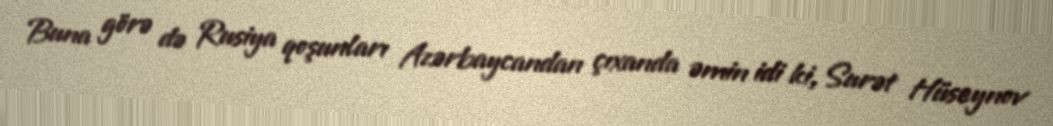
Buna görə də Rusiya qoşunları Azərbaycandan çıxanda əmin idi ki, Surət Hüseynov